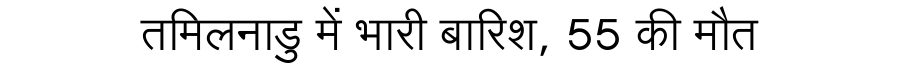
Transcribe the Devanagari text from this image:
तमिलनाडु में भारी बारिश, 55 की मौत